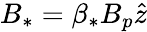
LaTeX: \begin{array}{r}{B_{*}=\beta_{*}B_{p}\hat{z}}\end{array}